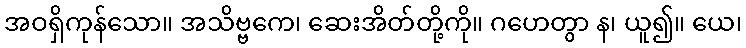
အဝရှိကုန်သော။ အသိဗ္ဗကေ၊ ဆေးအိတ်တို့ကို။ ဂဟေတွာ န၊ ယူ၍။ ယေ၊